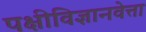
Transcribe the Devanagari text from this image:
पक्षीविज्ञानवेत्ता